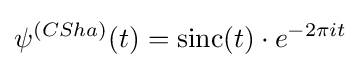
\psi ^{(CSha)}(t)=\operatorname {sinc} (t)\cdot e^{-2\pi it}